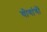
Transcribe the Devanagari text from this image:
योगांगों